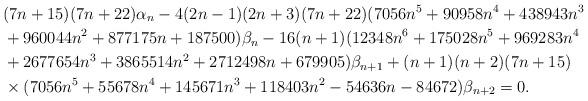
LaTeX: \begin{align*}&(7n+15 )(7n+22)\alpha_n-4(2n-1)(2n+3)(7n+22)(7056n^5+90958n^4+438943n^3 \\&+960044n^2+877175n+187500)\beta_n -16(n+1)(12348n^6+175028n^5+969283n^4\\&+2677654n^3+3865514n^2+2712498n+679905)\beta_{n+1}+(n+1)(n+2)(7n+15 )\\&\times(7056n^5+55678n^4+145671n^3+118403n^2-54636n-84672)\beta_{n+2}=0.\end{align*}